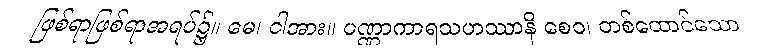
ဖြစ်ရာဖြစ်ရာအရပ်၌။ မေ၊ ငါအား။ ပဏ္ဏာကာရသဟဿာနိ စေဝ၊ တစ်ထောင်သော